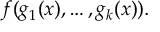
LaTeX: f ( g _ { 1 } ( x ) , \dots , g _ { k } ( x ) ) .